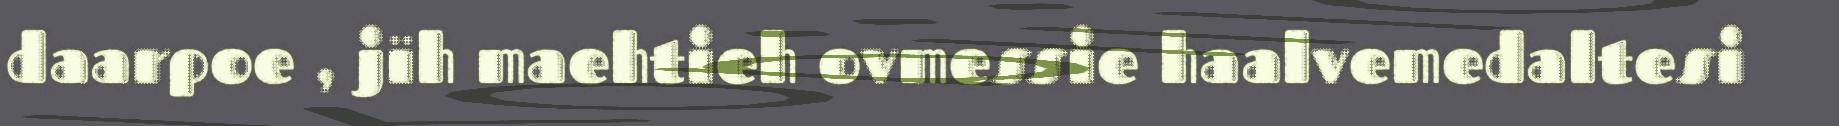
daarpoe , jïh maehtieh ovmessie haalvemedaltesi